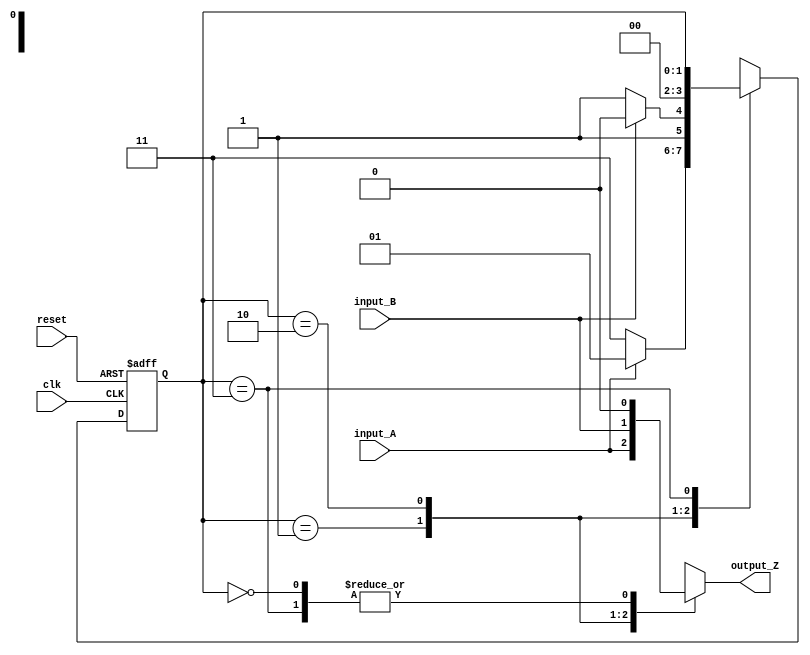
module mealy_state_machine (
    input wire clk,
    input wire reset,
    input wire input_A,
    input wire input_B,
    output reg output_Z
);

// States definition
parameter S0 = 2'b00;
parameter S1 = 2'b01;
parameter S2 = 2'b10;
parameter WAIT_STATE = 2'b11;

// State register
reg [1:0] state_reg;
reg [1:0] next_state;

// State transition logic
always @(posedge clk or posedge reset) begin
    if (reset) begin
        state_reg <= S0;
    end else begin
        state_reg <= next_state;
    end
end

// Next state logic
always @(*) begin
    case(state_reg)
        S0: begin
            if (input_A) begin
                next_state = S1;
            end else begin
                next_state = WAIT_STATE;
            end
        end
        S1: begin
            if (input_B) begin
                next_state = S2;
            end else begin
                next_state = WAIT_STATE;
            end
        end
        S2: begin
            next_state = S0;
        end
        WAIT_STATE: begin
            next_state = state_reg;
        end
    endcase
end

// Output generation logic
always @(state_reg or input_A or input_B) begin
    case(state_reg)
        S0: begin
            output_Z = 1'b0;
        end
        S1: begin
            output_Z = input_A;
        end
        S2: begin
            output_Z = input_B;
        end
        WAIT_STATE: begin
            output_Z = 1'b0;
        end
    endcase
end

endmodule